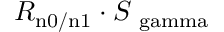
R _ { \mathrm { n 0 / n 1 } } \cdot S _ { \mathrm { \ g a m m a } }